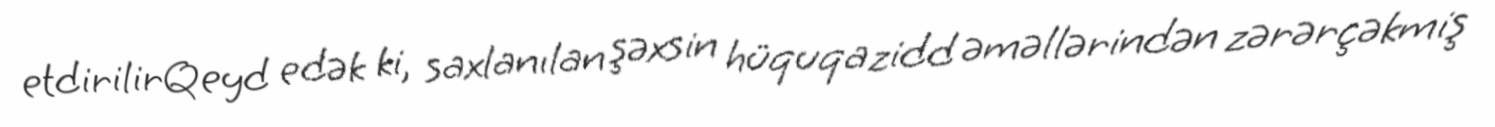
etdirilirQeyd edək ki, saxlanılan şəxsin hüquqazidd əməllərindən zərərçəkmiş